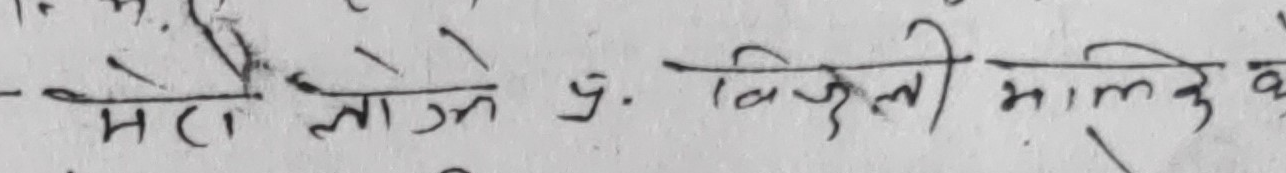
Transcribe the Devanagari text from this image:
मेरा लाग्ने ५. बिजुली मालु के